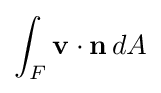
\int _{F}\mathbf {v} \cdot \mathbf {n} \,dA